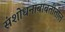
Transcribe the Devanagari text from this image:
संशोधनाबाबतीतील